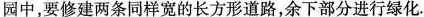
园中，要修建两条同样宽的长方形道路，余下部分进行绿化.1m1m20m30-…。。。图 $$7-Z_{x-1}$$ A.600m2 B.551m2 C. $$550m^{2}$$ D.500m2